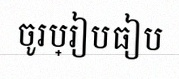
ចូរប្រៀបធៀប